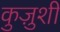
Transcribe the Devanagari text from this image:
कुज़ुशी